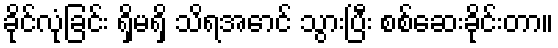
ခိုင်လုံခြင်း ရှိမရှိ သိရအောင် သွားပြီး စစ်ဆေးခိုင်းတာ။